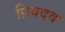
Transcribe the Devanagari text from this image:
प्रियदव